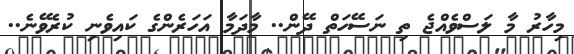
މިހާރު މާ ލަސްވެއްޖެ ތި ނަސޭހަތް ދޭން.. މާދަމާ އަހަރެންގެ ކައިވެނި ކުރެވޭނެ..